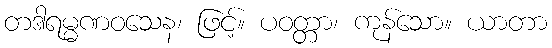
တဒါရမ္မဏဝသေန၊ ဖြင့်။ ပဝတ္တာ၊ ကုန်သော။ ယာတာ